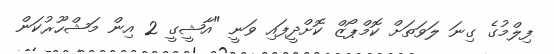
ފިލްމުގެ ގިނަ ލަވަތަށް ކޮމްޕޯޒް ކޮށްދީފައި ވަނީ "އާޝީގީ 2 އިން މަޝްހޫރުކަން